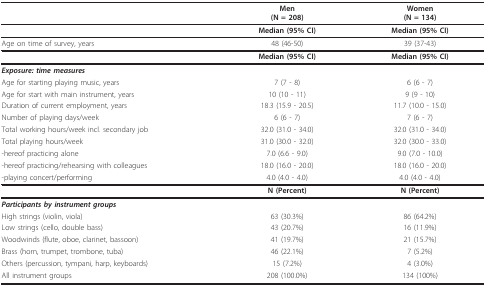
<table><thead><tr><td></td><td><b>Men(N = 208)</b></td><td><b>Women(N = 134)</b></td></tr></thead><tbody><tr><td></td><td><b>Median (95% CI)</b></td><td><b>Median (95% CI)</b></td></tr><tr><td>Age on time of survey, years</td><td>48 (46-50)</td><td>39 (37-43)</td></tr><tr><td></td><td><b>Median (95% CI)</b></td><td><b>Median (95% CI)</b></td></tr><tr><td><b><i>Exposure: time measures</i></b></td><td></td><td></td></tr><tr><td>Age for starting playing music, years</td><td>7 (7 - 8)</td><td>6 (6 - 7)</td></tr><tr><td>Age for start with main instrument, years</td><td>10 (10 - 11)</td><td>9 (9 - 10)</td></tr><tr><td>Duration of current employment, years</td><td>18.3 (15.9 - 20.5)</td><td>11.7 (10.0 - 15.0)</td></tr><tr><td>Number of playing days/week</td><td>6 (6 - 7)</td><td>7 (6 - 7)</td></tr><tr><td>Total working hours/week incl. secondary job</td><td>32.0 (31.0 - 34.0)</td><td>32.0 (31.0 - 34.0)</td></tr><tr><td>Total playing hours/week</td><td>31.0 (30.0 - 32.0)</td><td>32.0 (30.0 - 33.0)</td></tr><tr><td>-hereof practicing alone</td><td>7.0 (6.6 - 9.0)</td><td>9.0 (7.0 - 10.0)</td></tr><tr><td>-hereof practicing/rehearsing with colleagues</td><td>18.0 (16.0 - 20.0)</td><td>18.0 (16.0 - 20.0)</td></tr><tr><td>-playing concert/performing</td><td>4.0 (4.0 - 4.0)</td><td>4.0 (4.0 - 4.0)</td></tr><tr><td></td><td><b>N (Percent)</b></td><td><b>N (Percent)</b></td></tr><tr><td><b><i>Participants by instrument groups</i></b></td><td></td><td></td></tr><tr><td>High strings (violin, viola)</td><td>63 (30.3%)</td><td>86 (64.2%)</td></tr><tr><td>Low strings (cello, double bass)</td><td>43 (20.7%)</td><td>16 (11.9%)</td></tr><tr><td>Woodwinds (flute, oboe, clarinet, bassoon)</td><td>41 (19.7%)</td><td>21 (15.7%)</td></tr><tr><td>Brass (horn, trumpet, trombone, tuba)</td><td>46 (22.1%)</td><td>7 (5.2%)</td></tr><tr><td>Others (percussion, tympani, harp, keyboards)</td><td>15 (7.2%)</td><td>4 (3.0%)</td></tr><tr><td>All instrument groups</td><td>208 (100.0%)</td><td>134 (100%)</td></tr></tbody></table>